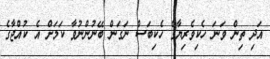
އަދި ތިން ވަނަ ހެކިވެރިޔާގެ ހެކިބަސް ނަގަން ބޭނުންނުވާ ކަމަށް އެ ކުއްޖާގެ